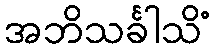
အဘိသင်္ခါသိံ